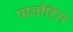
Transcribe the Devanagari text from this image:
पालीहिल